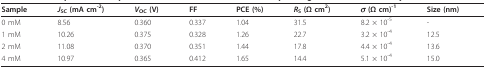
<table><thead><tr><td><b>Sample</b></td><td><b><i>J</i><sub>SC </sub>(mA cm<sup>-2</sup>)</b></td><td><b><i>V</i><sub>OC </sub>(V)</b></td><td><b>FF</b></td><td><b>PCE (%)</b></td><td><b><i>R</i><sub>S </sub>(Ω cm<sup>2</sup>)</b></td><td><b><i>σ </i>(Ω cm)<sup>-1</sup></b></td><td><b>Size (nm)</b></td></tr></thead><tbody><tr><td>0 mM</td><td>8.56</td><td>0.360</td><td>0.337</td><td>1.04</td><td>31.5</td><td>8.2 × 10<sup>-5</sup></td><td>-</td></tr><tr><td>1 mM</td><td>10.26</td><td>0.375</td><td>0.328</td><td>1.26</td><td>22.7</td><td>3.2 × 10<sup>-4</sup></td><td>12.5</td></tr><tr><td>2 mM</td><td>11.08</td><td>0.370</td><td>0.351</td><td>1.44</td><td>17.8</td><td>4.4 × 10<sup>-4</sup></td><td>13.6</td></tr><tr><td>4 mM</td><td>10.97</td><td>0.365</td><td>0.412</td><td>1.65</td><td>14.4</td><td>5.1 × 10<sup>-4</sup></td><td>15.0</td></tr></tbody></table>